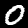
Label: 0